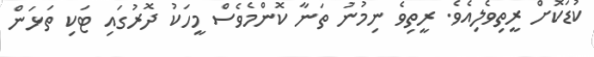
ކުޑަކޮށް ރީތިވެލިއެވެ. ރީތިވެ ނިމުނު ތަނާ ކޮންމެވެސް މީހަކު ދޮރުގައި ޓަކި ތަޅަން